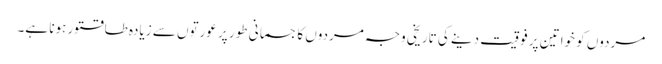
مردوں کو خواتین پر فوقیت دینے کی تاریخی وجہ مردوں کا جسمانی طور پر عورتوں سے زیادہ طاقتور ہونا ہے۔